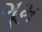
ગૂમ